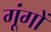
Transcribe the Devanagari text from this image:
गूंगों